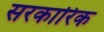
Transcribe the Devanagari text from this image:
सरकारिक